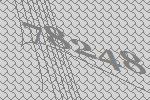
78248